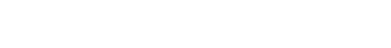
သူတို့တွေ အလုပ်ကို ညီတူညီမျှ မခွဲဝေကြဘူး။